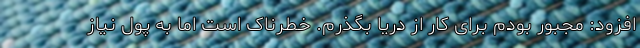
افزود: مجبور بودم برای کار از دریا بگذرم. خطرناک است اما به پول نیاز